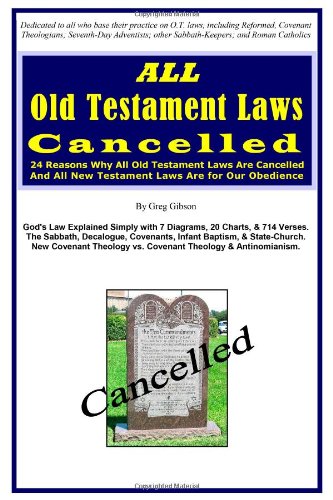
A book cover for ALL Old Testament Laws Cancelled: 24 Reasons Why All Old Testament Laws Are Cancelled and All New Testament Laws Are for Our Obedience; Greg Gibson; Christian Books & Bibles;